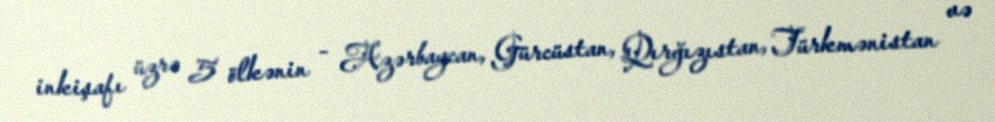
inkişafı üzrə 5 ölkənin - Azərbaycan, Gürcüstan, Qırğızıstan, Türkmənistan və